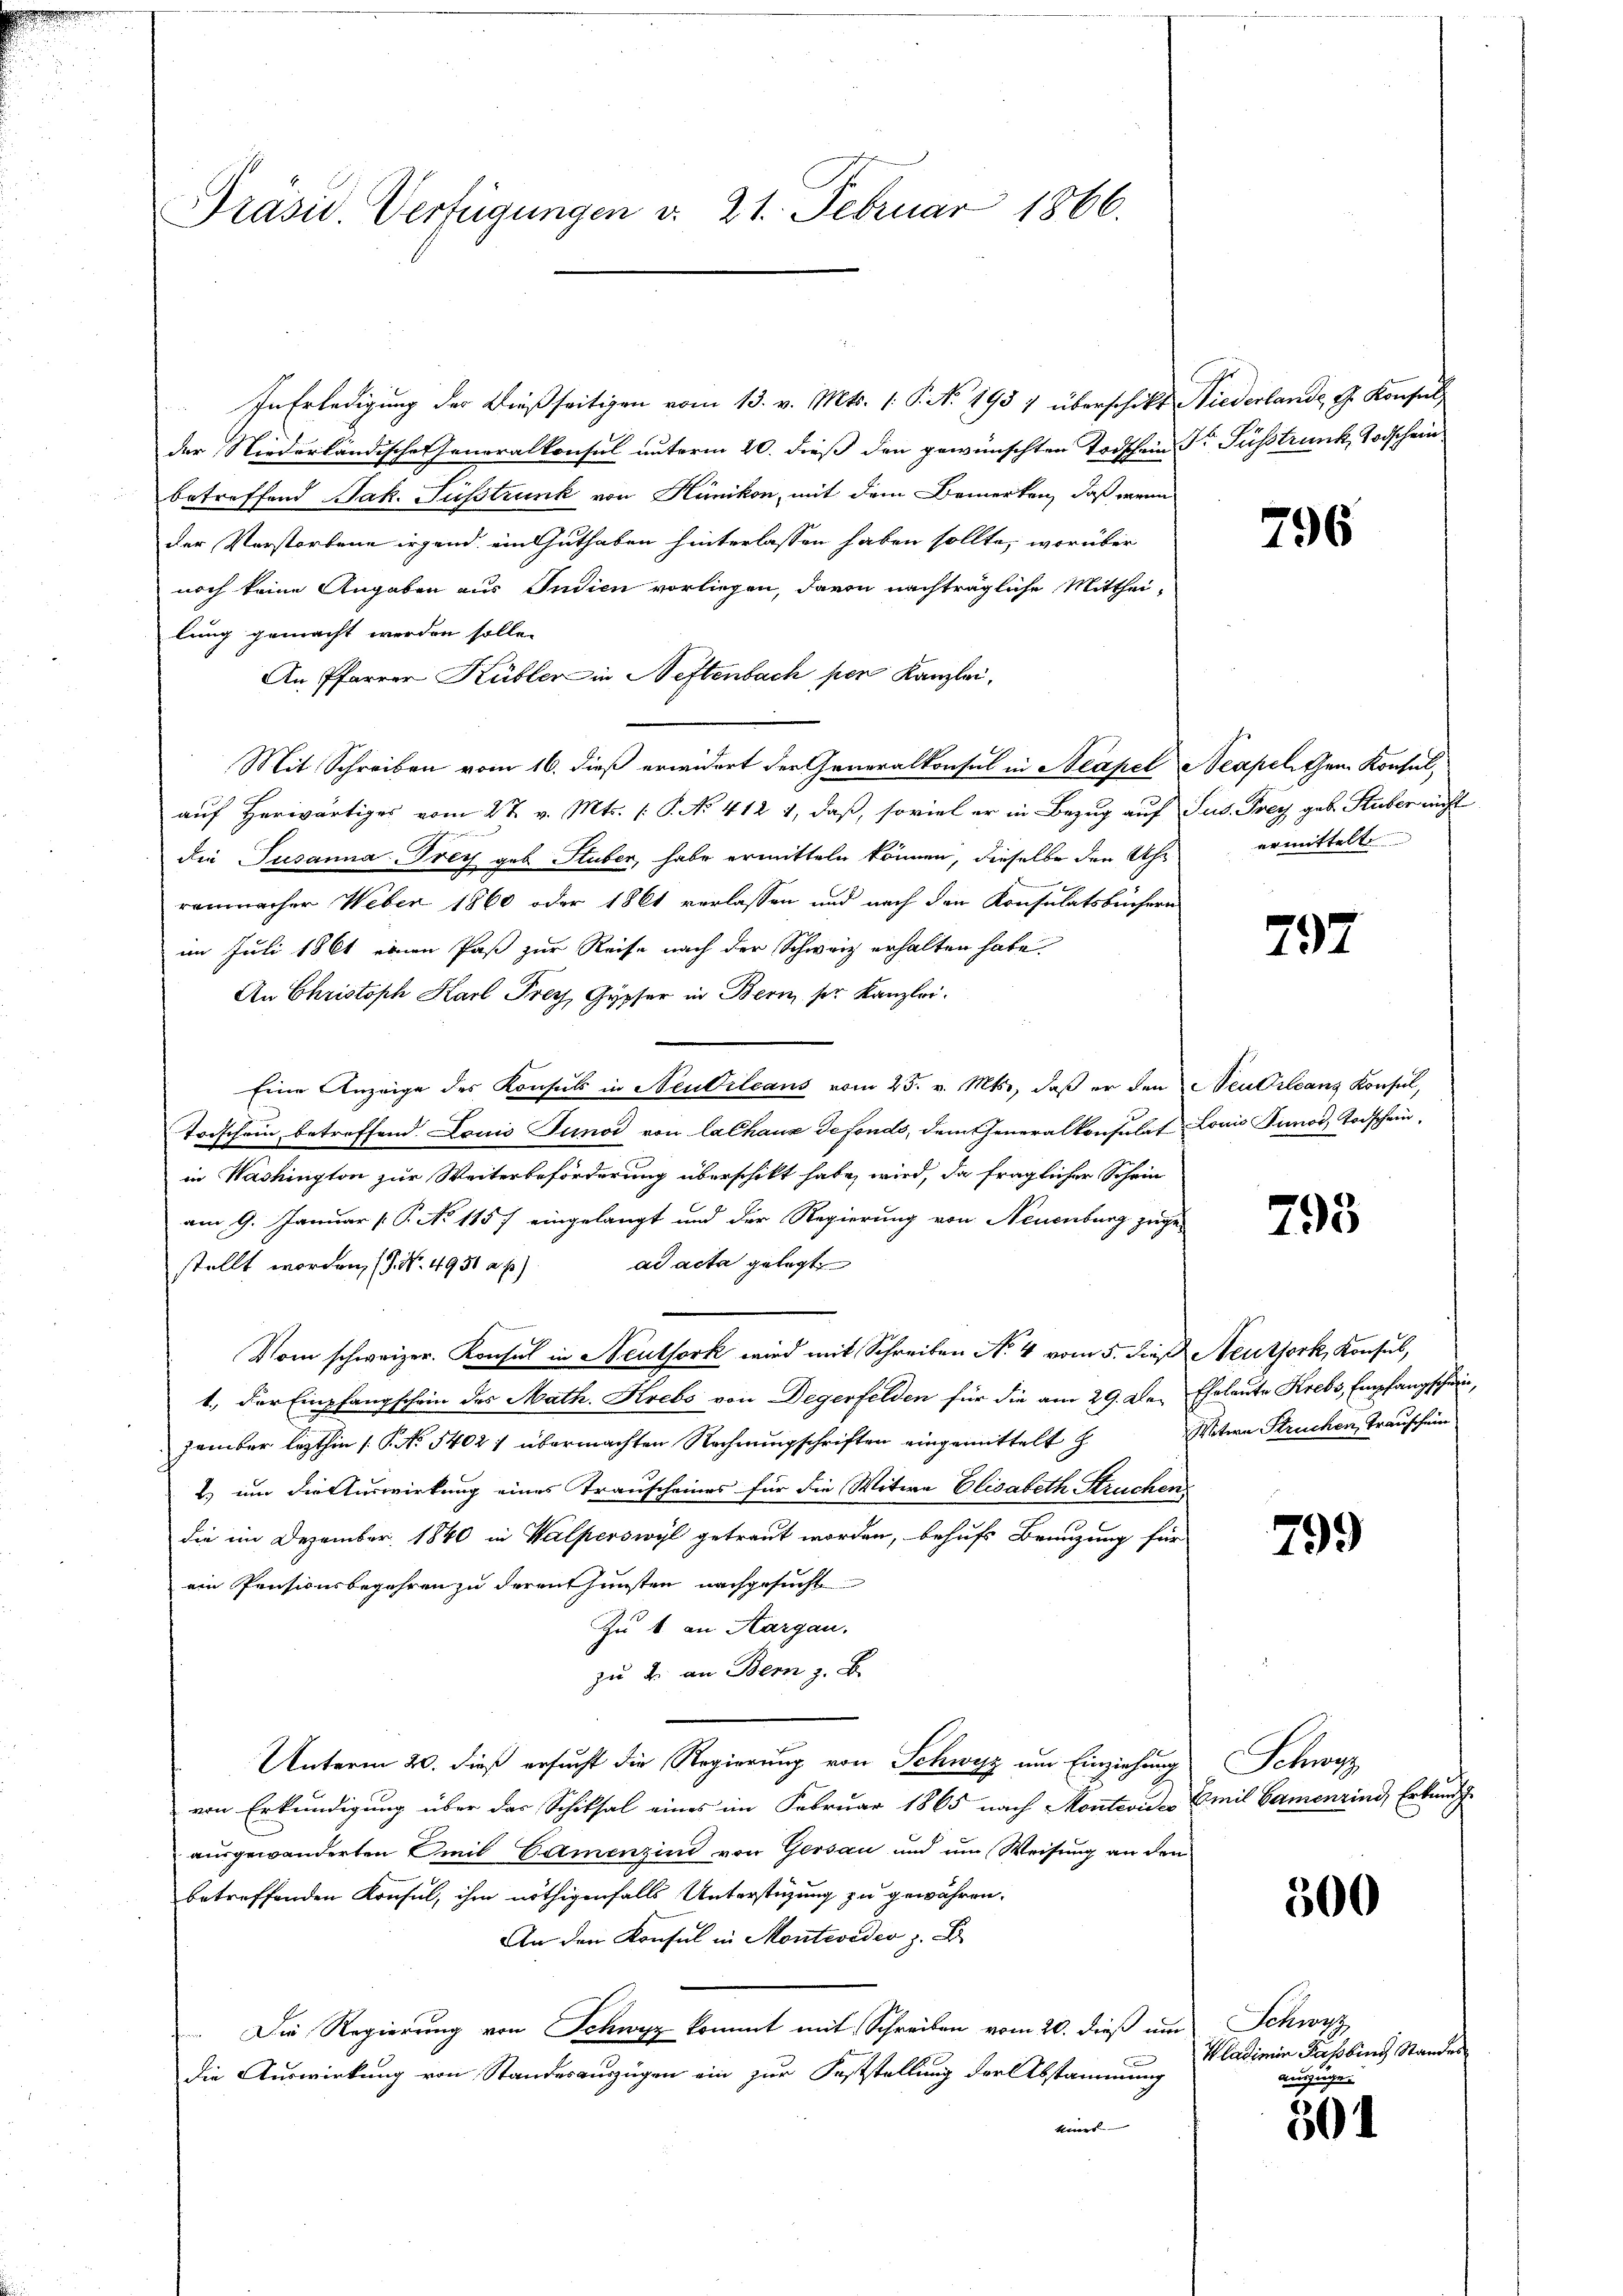
Präsid. Verfügungen d. 21. Februar 1866.

In Erledigung der Dießseitigen vom 13. v. Mts. (: P. N. 1957 überschikt Niederlande G. Konsul
der Niederländische Generalkonsul unterm 20. dieß den gewünschten Todschein Dr Fusstrank, Todschein
betreffend Jak. Fusstrunk von Hünikon, mit dem Bemerken, daß wenn
der Verstorbene irgend ein Guthaben hinterlassen haben sollte, worüber
noch keine Angaben aus Indien vorliegen, davon nachträgliche Mittheilung gemacht werden solle.
An Pfarrer Kübler in Neftenbach per Kanzlei,
Mit Schreiben vom 16. dieß erwidert der Generalkonsul in Neapel Neapel Gem. Konsul
auf Herwärtiges vom 27. v. Mts. [P. No. 412 1, daß, soviel er in Bezug auf Sus. Frey geb. Stuber nicht
Die Susanna Frey geb. Stuber, habe ermitteln können, dieselbe den Uhr ermittelte
remnacher Weber 1860 oder 1861 verlassen und nach den Konsulatsbüchern
im Juli 1861 einen Paß zur Reise nach der Schweiz erhalten habe.
An Christoph Karl Frey, Gypser in Bern, ser Kanzlei.
Eine Anzeige des Konsuls in Neubileans vom 25. v. Mts., daß er den Neubilanz Konsul,
Trischein betreffend. Louis Tunod von lalhaus defonds, dem Generalkonsulat Louis Tunos, Todschein
in Washington zur Weiterbeförderung überschikt habe, wird, da fraglicher Schein
am 9. Januar (: P. No 1157 eingelangt und der Regierung von Neuenburg zugead acta gelegt
stellt worden, (9. No. 4951 a. p.)
Vom schweizer. Konsul in Neuthork wird mit Schreiben No 4 vom 5. dieß Neuthork, Konsul,
1.) Der Empfangschein des Math. Krebs von Degerfelden für die am 29. Der Eheleute Krebs, Empfangschein,
zember lezthin (§. No 1402 1 übermachten Rechnungschriften eingemittelt h
2.) um die Auswirkung eines Transcheines für die Witwe Elisabeth Struchen
die im Dezember 1840 in Walperswyl getraut worden, behufs Branzung für
ein Pensionsbegehren zu derenthunsten nachgesucht
Zu 1 an Aargau.
zu 2. an Bern z. B.
Unterm 20. dieß ersucht die Regierung von Schwyz um Einziehung
von Erkundigung über das Schiksal eines im Februar 1865 nach Montevi Emil Samenrind, Erbund
ausgewanderten Emil Gamenzind von Gersau und um Weisung an den
betreffenden Konsul, ihm nöthigenfalls Unterstüzung zu gewähren.
An den Konsul in Monteveder z.
 Die Regierung von Schwyz kommt mit Schreiben vom 20. dieß um
die Auswirkung von Standesauszügen ein zur Feststellung der Abstammung
eines

796

797

793

Witwe Struchen, Trauschein

799

Schwarz

500

Schwyz
Wladimin Passbing Standes
auszuge¬

501